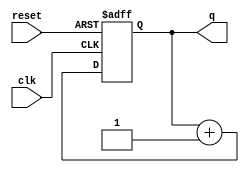
module counter(
	       input wire 	 clk,
	       input wire 	 reset, 
	       output wire [3:0] q);
   
   reg [3:0] 			  areg;
   reg [3:0] 			  areg_next;
   
   always @(posedge clk, posedge reset)
     if (reset)
       areg  <= 15'b0;
     else
       areg  <= areg_next;
   
   always @(*)
     areg_next = areg + 4'b1;
   
   assign q = areg;
   
endmodule